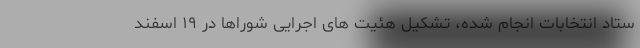
ستاد انتخابات انجام شده، تشکیل هئیت های اجرایی شوراها در ۱۹ اسفند